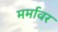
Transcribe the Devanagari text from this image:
मर्मावर